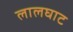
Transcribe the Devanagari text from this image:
लालघाट